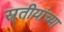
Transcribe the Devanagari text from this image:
स्र्तीयांच्या